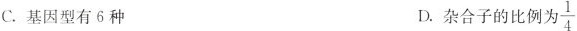
C.基因型有6种 D.杂合子的比例为\frac{1}{4}